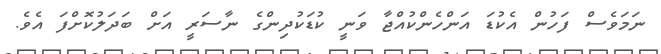
ނަމަވެސް ފަހުން އެކުޑަ އަންހެންކުއްޖާ ވަނީ ކުޑަކުދިންގެ ނާސަރީ އަށް ބަދަލުކޮށްފަ އެވެ.